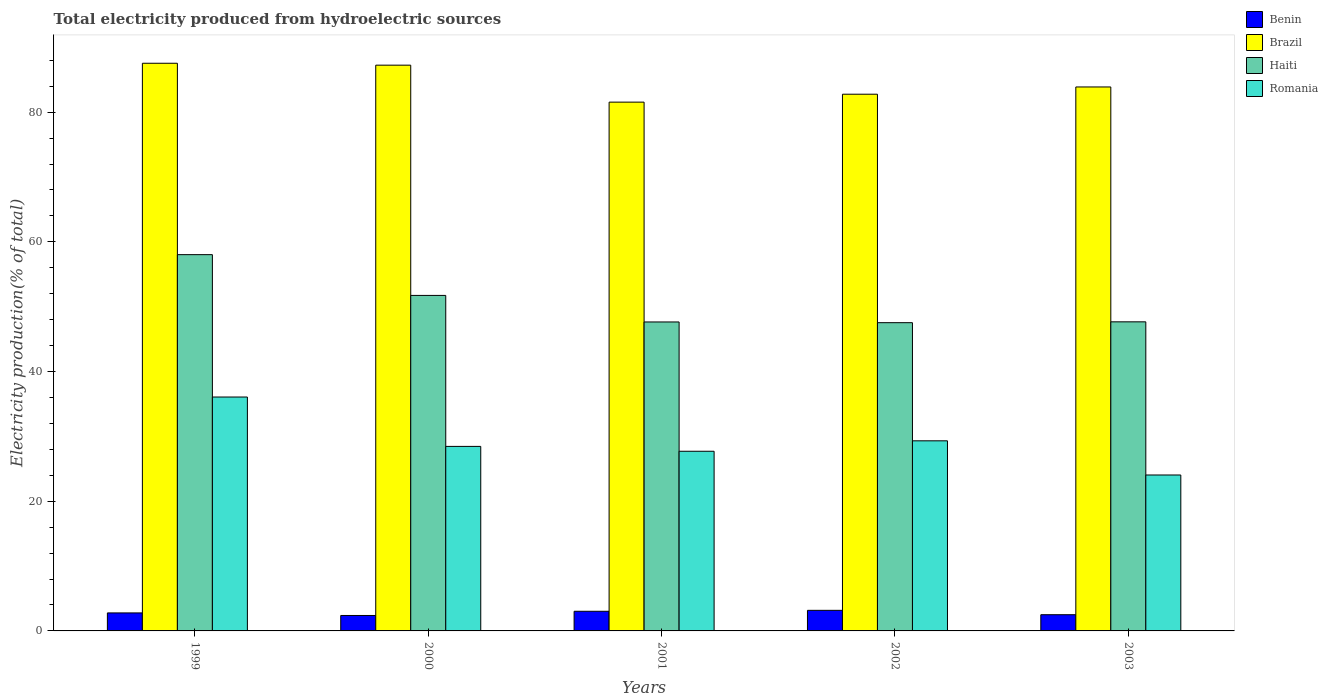
| Years | Benin | Brazil | Haiti | Romania |
 | --- | --- | --- | --- | --- |
 | 1999 | 2.78 | 87.5 | 58 | 36.1 |
 | 2000 | 2.38 | 87.2 | 51.7 | 28.5 |
 | 2001 | 3.03 | 81.5 | 47.6 | 27.7 |
 | 2002 | 3.17 | 82.8 | 47.5 | 29.3 |
 | 2003 | 2.5 | 83.9 | 47.7 | 24 |